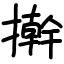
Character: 擀